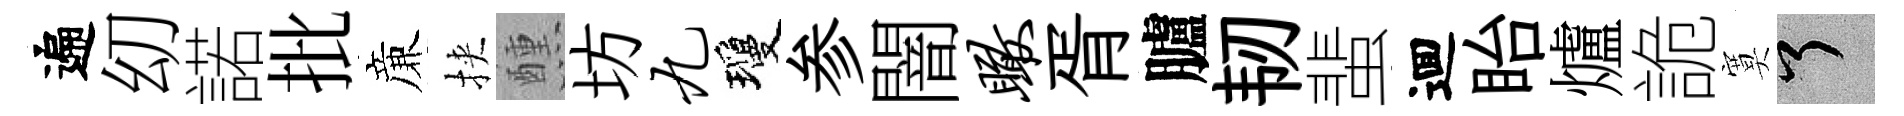
遍㓜諾批亷挾醺坊九瓊参闇瞰胥臚韧蜚逥眙爐詭寞了